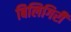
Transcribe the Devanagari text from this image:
बिलिगिरी